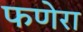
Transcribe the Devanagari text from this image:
फणेरा